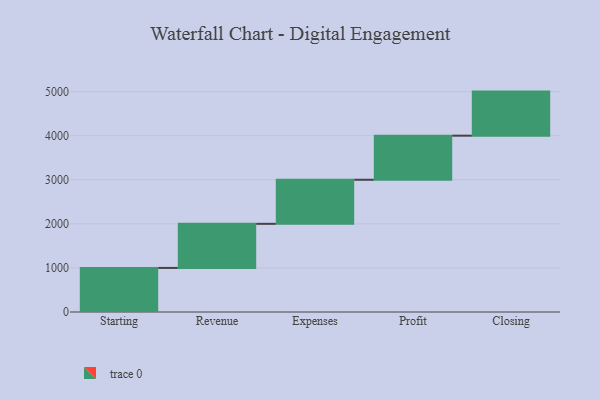
{"axis": {"x": "Step", "y": "Value"}, "legend": [""], "data": [{"x": "Starting", "y": 1000, "type": ""}, {"x": "Revenue", "y": 1000, "type": ""}, {"x": "Expenses", "y": 1000, "type": ""}, {"x": "Profit", "y": 1000, "type": ""}, {"x": "Closing", "y": 1000, "type": ""}]}